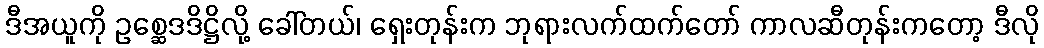
ဒီအယူကို ဥစ္ဆေဒဒိဋ္ဌိလို့ ခေါ်တယ်၊ ရှေးတုန်းက ဘုရားလက်ထက်တော် ကာလဆီတုန်းကတော့ ဒီလို